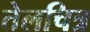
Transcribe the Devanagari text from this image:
तेलचित्र